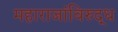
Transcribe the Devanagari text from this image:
महाराजांविरुद्ध